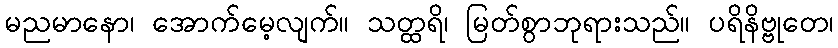
မညမာနော၊ အောက်မေ့လျက်။ သတ္ထရိ၊ မြတ်စွာဘုရားသည်။ ပရိနိဗ္ဗုတေ၊